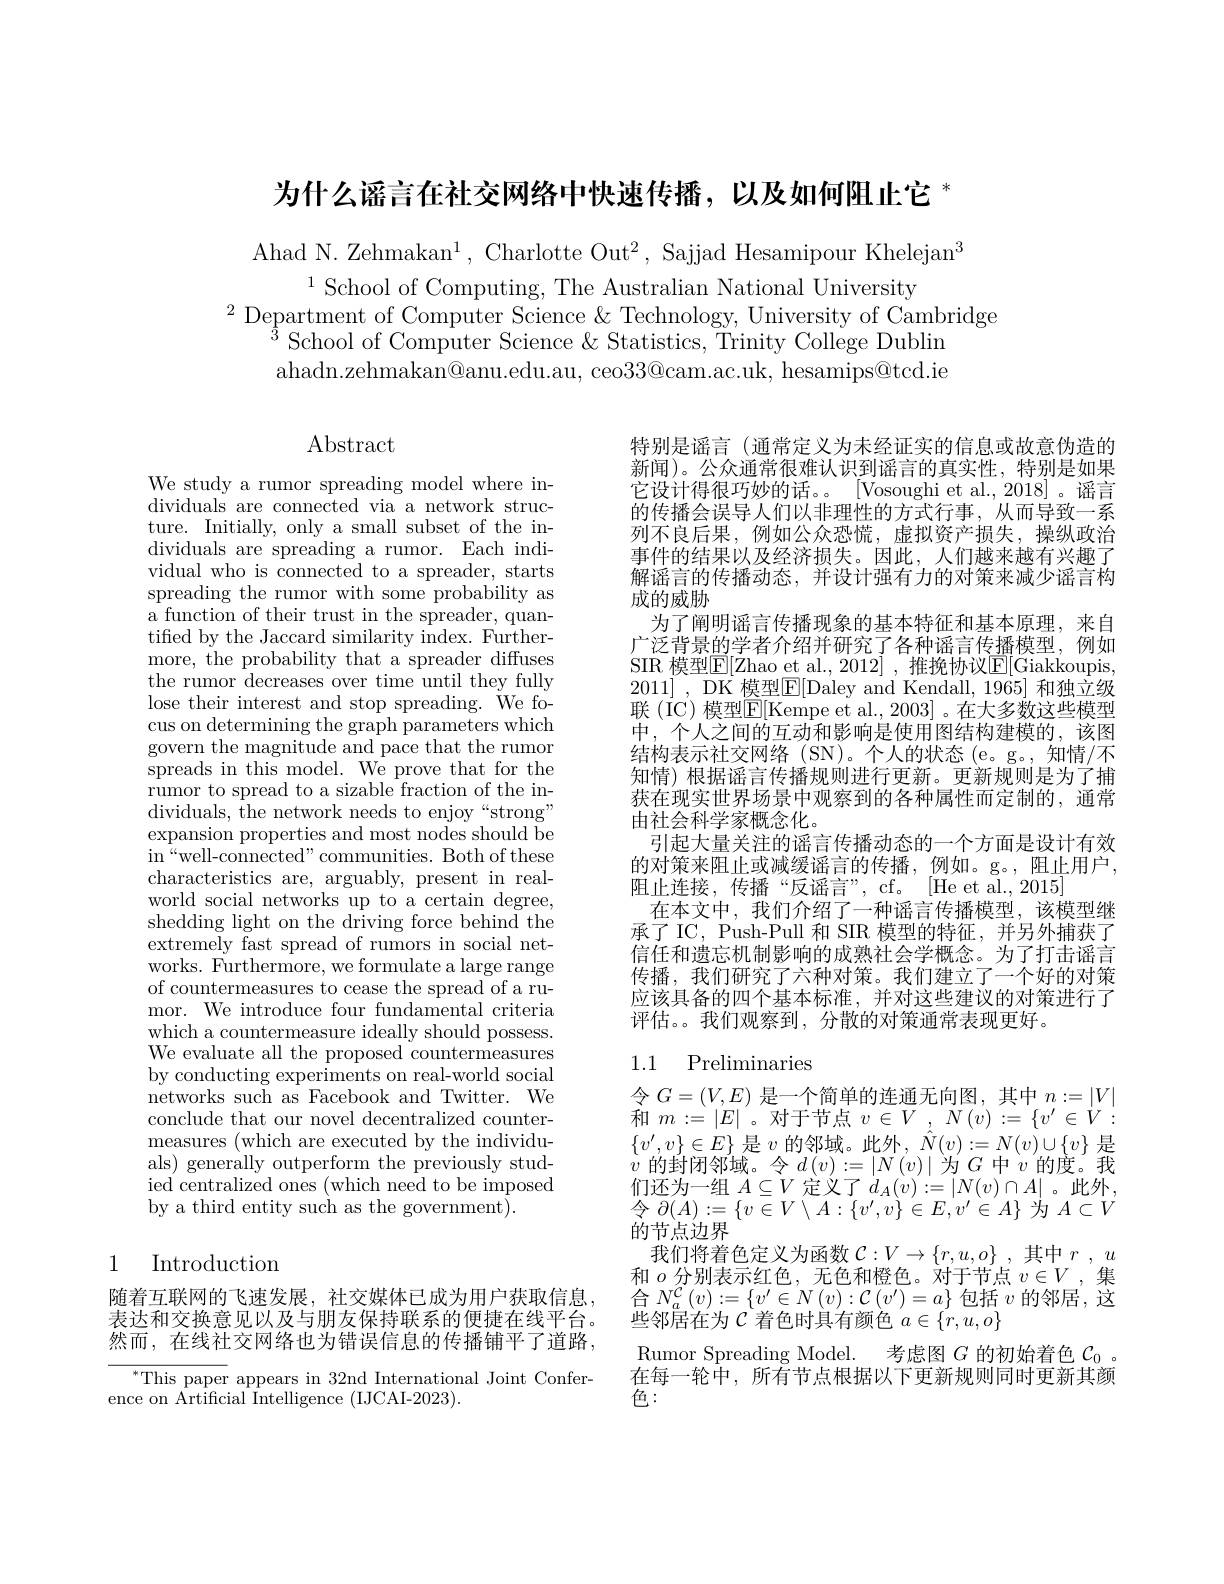
为什么谣言在社交网络中快速传播，以及如何阻止它 *

Ahad N. Zehmakan$^1$, Charlotte Out$^2$, Sajjad Hesamipour Khelejan$^3$
$^{1}$School of Computing, The Australian National University
$^{2}$Department of Computer Science $\&$ Technology, University of Cambridge
$^{3}$School of Computer Science & Statistics, Trinity College Dublin ahadn.zehmakan@anu.edu.au, ceo33@cam.ac.uk, hesamips@tcd.ie

# $\operatorname{Abstract}$

We study a rumor spreading model where individuals are connected via a network structure. Initially, only a small subset of the individuals are spreading a rumor. Each individual who is connected to a spreader, starts spreading the rumor with some probability as a function of their trust in the spreader, quantified by the Jaccard similarity index. Furthermore, the probability that a spreader diffuses the rumor decreases over time until they fully lose their interest and stop spreading. We focus on determining the graph parameters which govern the magnitude and pace that the rumor spreads in this model. We prove that for the rumor to spread to a sizable fraction of the individuals, $\bar{\text{the network needs to enjoy“strong”}}$ expansion properties and most nodes should be $\operatorname{in}^{“}$well-connected"communities. Both of these characteristics are, arguably, present in realworld social networks up to a certain degree, shedding light on the driving force behind the extremely fast spread of rumors in social networks. Furthermore, we formulate a large range of countermeasures to cease the spread of a rumor. We introduce four fundamental criteria which a countermeasure ideally should possess. We evaluate all the proposed countermeasures by conducting experiments on real-world social networks such as Facebook and Twitter. We conclude that our novel decentralized countermeasures (which are executed by the individuals) generally outperform the previously studied centralized ones (which need to be imposed by a third entity such as the government).

# 1 Introduction

随着互联网的飞速发展，社交媒体已成为用户获取信息， 表达和交换意见以及与朋友保持联系的便捷在线平台。然而，在线社交网络也为错误信息的传播铺平了道路，

$^*$This paper appears in 32nd International Joint Confer-
ence on Artificial Intelligence (IJCAI-2023).

特别是谣言 (通常定义为未经证实的信息或故意伪造的新闻)。公众通常很难认识到谣言的真实性，特别是如果它设计得很巧妙的话。。[Vosoughi et al.,2018]。谣言的传播会误导人们以非理性的方式行事，从而导致一系列不良后果，例如公众恐慌，虚拟资产损失，操纵政治事件的结果以及经济损失。因此，人们越来越有兴趣了解谣言的传播动态，并设计强有力的对策来减少谣言构成的威胁
为了阐明谣言传播现象的基本特征和基本原理，来自广泛背景的学者介绍并研究了各种谣言传播模型，例如SIR 模型$\mathbb{E}[$Zhao et al.,2012] ,推挽协议$\mathbb{E}[$Giakkoupis 2011] , DK 模型$\boxed{\mathrm{F}}[$Daley and Kendall, 1965] 和独立级联 (IC) 模型$\mathbb{E}[$Kempe et al., 2003]。在大多数这些模型中，个人之间的互动和影响是使用图结构建模的，该图结构表示社交网络(SN)。个人的状态(e。g。,知情/不知情)根据谣言传播规则进行更新。更新规则是为了捕获在现实世界场景中观察到的各种属性而定制的，通常由社会科学家概念化。
引起大量关注的谣言传播动态的一个方面是设计有效的对策来阻止或减缓谣言的传播，例如。g。,阻止用户， 阻止连接，传播“反谣言”, cf。[He et al.,2015]
在本文中，我们介绍了一种谣言传播模型，该模型继承了 IC, Push-Pull 和 SIR 模型的特征，并另外捕获了信任和遗忘机制影响的成熟社会学概念。为了打击谣言传播，我们研究了六种对策。我们建立了一个好的对策应该具备的四个基本标准，并对这些建议的对策进行了评估。。我们观察到，分散的对策通常表现更好。

## 1.1 Preliminaries

令$G=(V,E)$是一个简单的连通无向图，其中$n:=|V|$ 和$m:=|E|$ 。对于节点$v\in V,N(v):=\{v^{\prime}\in V:$ $\{v^{\prime},v\}\in E\}$是$v$的邻域。此外，$\hat{N}(v):=N(v)\cup\{v\}$是$\dot{v}$ 的封闭邻域。令$d\left(v\right):=\left|N\left(v\right)\right|$为$G$中$v$的度。我们还为一组$A\subseteq V$定义了$d_A(v):=|N(v)\cap A|$。此外， 令$\partial(A):=\{v\in V\setminus A:\{v^{\prime},v\}\in E,v^{\prime}\in A\}$为$A\subset V$ 的节点边界
我们将着色定义为函数 $\mathcal{C}:V\to\{r,u,o\}~,~$其中 $r~,~u$ 和$o$ 分别表示红色，无色和橙色。对于节点 $v\in V$ ,集$\mathop{\text{合 }N_{a}^{\mathcal{C}}}\left(v\right):=\left\{v^{\prime}\in N\left(v\right):\mathcal{C}\left(v^{\prime}\right)=a\right\}$包括$v$的邻居，这些邻居在为$\mathcal{C}$着色时具有颜色$a\in\{r,u,o\}$
Rumor Spreading Model. 考虑图$G$的初始着色$\mathcal{C}_0$ 。在每一轮中，所有节点根据以下更新规则同时更新其颜色：